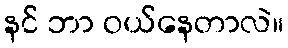
နင် ဘာ ဝယ်နေတာလဲ။